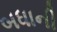
બધાની